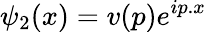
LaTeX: \psi_{2}(x)=v(p)e^{ip.x}